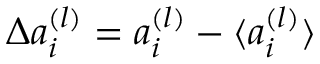
\Delta a _ { i } ^ { ( l ) } = a _ { i } ^ { ( l ) } - \langle { a _ { i } ^ { ( l ) } } \rangle